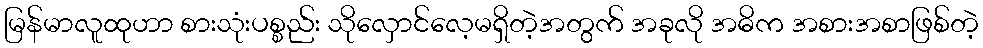
မြန်မာလူထုဟာ စားသုံးပစ္စည်း သိုလှောင်လေ့မရှိတဲ့အတွက် အခုလို အဓိက အစားအစာဖြစ်တဲ့